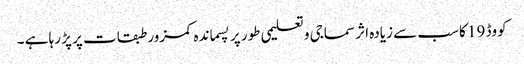
کووڈ 19 کا سب سے زیادہ اثر سماجی و تعلیمی طور پر پسماندہ کمزور طبقات پر پڑ رہا ہے ۔